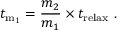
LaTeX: t _ { \mathrm { m _ { 1 } } } = { \frac { m _ { 2 } } { m _ { 1 } } } \times t _ { \mathrm { r e l a x } } \ .